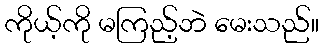
ကိုယ့်ကို မကြည့်ဘဲ မေးသည်။